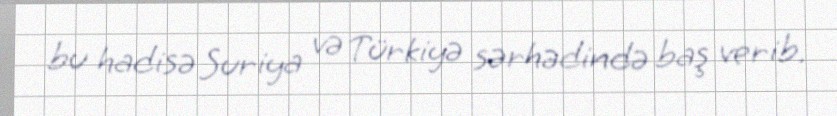
bu hadisə Suriya və Türkiyə sərhədində baş verib.